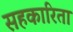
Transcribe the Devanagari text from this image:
सहकारिता